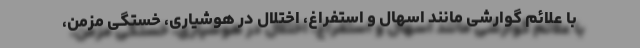
با علائم گوارشی مانند اسهال و استفراغ، اختلال در هوشیاری، خستگی مزمن،